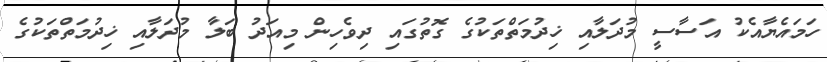
ހަމައެޔާއެކު އަސާސީ މުދަލާއި ޚިދުމަތްތަކުގެ ގޮތުގައި ދިވެހިން މިއަދު ބަލާ މުދަލާއި ޚިދުމަތްތަކުގެ